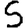
Digit: 5